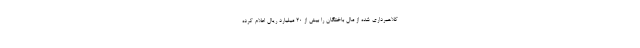
کلاهبرداری شده از مال باختگان را بیش از ۲۰ میلیارد ریال اعلام کرده